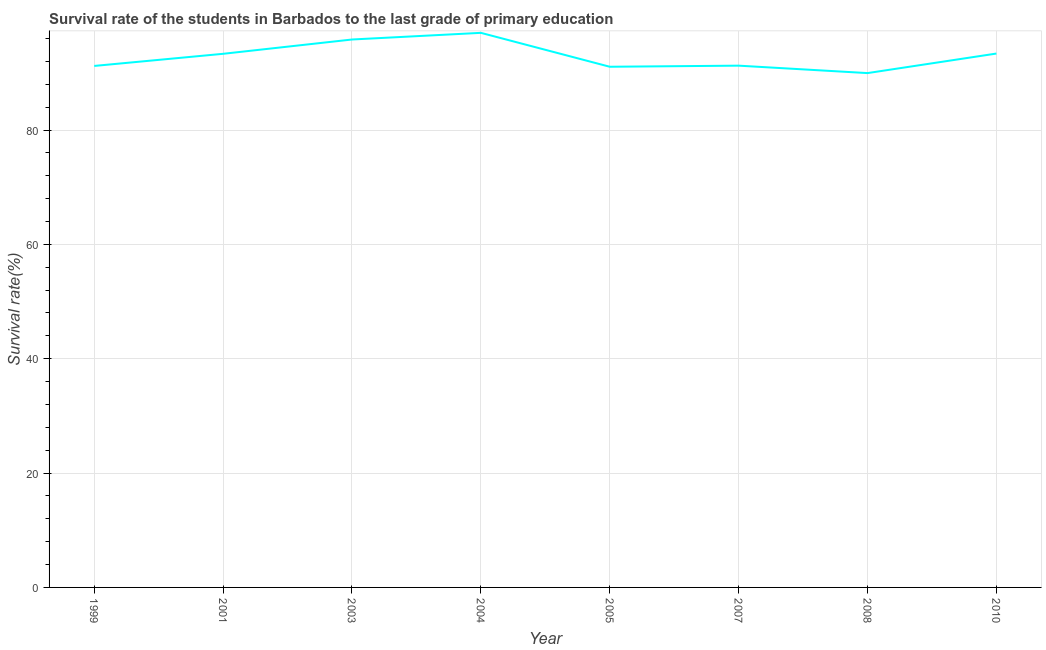
| Year | Primary Education |
 | --- | --- |
 | 1999 | 91.2 |
 | 2001 | 93.3 |
 | 2003 | 95.8 |
 | 2004 | 97 |
 | 2005 | 91.1 |
 | 2007 | 91.3 |
 | 2008 | 90 |
 | 2010 | 93.4 |